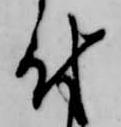
付